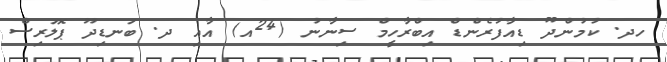
ހދ. ކުމުންދޫ ޑިއާފުރެންޑް އިބްރާހީމް ސިނާނު (24އ) އާއި ދ. ބަނޑިދޫ ޕޮލަރިސް